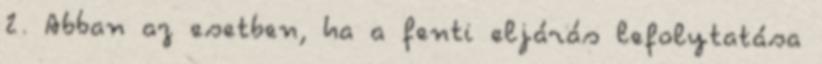
2. Abban az esetben, ha a fenti eljárás lefolytatása